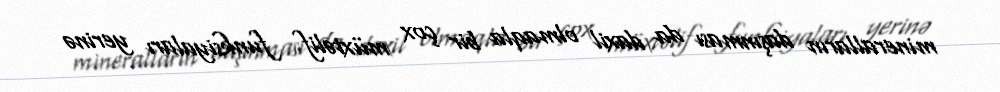
mineralların daşınması da daxil olmaqla bir çox müxtəlif funksiyaları yerinə